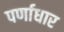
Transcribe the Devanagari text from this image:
पर्णाधार